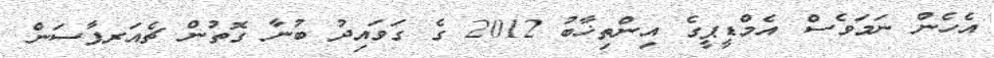
އެހެން ނަމަވެސް އެމްޑީޕީގެ އިންތިޚާބު 2012 ގެ ގަވައިދު ބުނާ ގޮތުން ޗެއަރޕާސަން